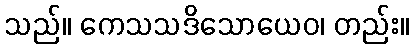
သည်။ ကေသသဒိသောယေဝ၊ တည်း။